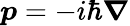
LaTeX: \boldsymbol{p}=-i\hbar\boldsymbol{\nabla}